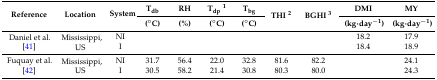
| <ROWSPAN=2> Reference | <ROWSPAN=2> Location | <ROWSPAN=2> System | Tdb | RH | Tdp1 | Tbg | <ROWSPAN=2> THI 2 | <ROWSPAN=2> BGHI 3 | DMI | MY |
 | (°C) | (%) | (°C) | (°C) | (kg∙day−1) | (kg∙day−1) |
 | --- | --- | --- | --- | --- | --- | --- | --- | --- | --- | --- |
 | <ROWSPAN=2> Daniel et al. [41] | <ROWSPAN=2> Mississippi, US | NI |  |  |  |  |  |  | 18.2 | 17.9 |
 | I |  |  |  |  |  |  | 18.4 | 18.9 |
 | <ROWSPAN=2> Fuquay et al. [42] | <ROWSPAN=2> Mississippi, US | NI | 31.7 | 56.4 | 22.0 | 32.8 | 81.6 | 82.2 |  | 24.1 |
 | I | 30.5 | 58.2 | 21.4 | 30.8 | 80.3 | 80.0 |  | 24.3 |